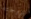
تزوجته